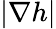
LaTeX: |\nabla h|